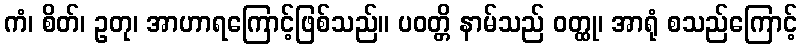
ကံ၊ စိတ်၊ ဥတု၊ အာဟာရကြောင့်ဖြစ်သည်။ ပဝတ္တိ နာမ်သည် ဝတ္ထု၊ အာရုံ စသည်ကြောင့်